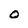
Character: O